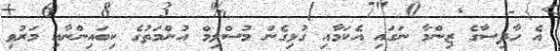
އެ ހާދިސާގެ ޒިންމާ ނަގައި އެކަމާއި ގުޅިގެން މުސްލިމް އުންމަތުގެ ކިބައިންނާއި މަރުވި